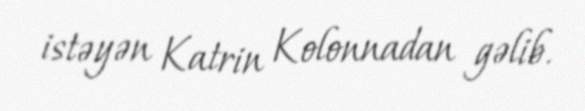
istəyən Katrin Kolonnadan gəlib.